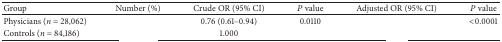
<table><thead><tr><td><b>Group</b></td><td><b>Number (%)</b></td><td><b>Crude OR (95% CI)</b></td><td><b><i>P</i> value</b></td><td><b>Adjusted OR (95% CI)</b></td><td><b><i>P</i> value</b></td></tr></thead><tbody><tr><td>Physicians (<i>n</i> = 28,062)</td><td>[EMPTY_CELL]</td><td>0.76 (0.61–0.94)</td><td>0.0110</td><td>[EMPTY_CELL]</td><td>&lt;0.0001</td></tr><tr><td>Controls (<i>n</i> = 84,186)</td><td>[EMPTY_CELL]</td><td>1.000</td><td>[EMPTY_CELL]</td><td>[EMPTY_CELL]</td><td>[EMPTY_CELL]</td></tr></tbody></table>